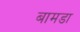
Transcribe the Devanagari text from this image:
बामडा